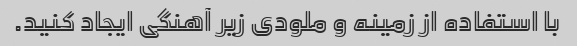
با استفاده از زمینه و ملودی زیر آهنگی ایجاد کنید.